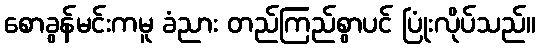
စောခွန်မင်းကမူ ခံညား တည်ကြည်စွာပင် ပြုံးလိုပ်သည်။